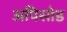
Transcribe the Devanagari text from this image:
अपिसोड